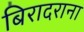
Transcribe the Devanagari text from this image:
बिरादराना